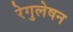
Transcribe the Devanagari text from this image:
रेगुलेषन